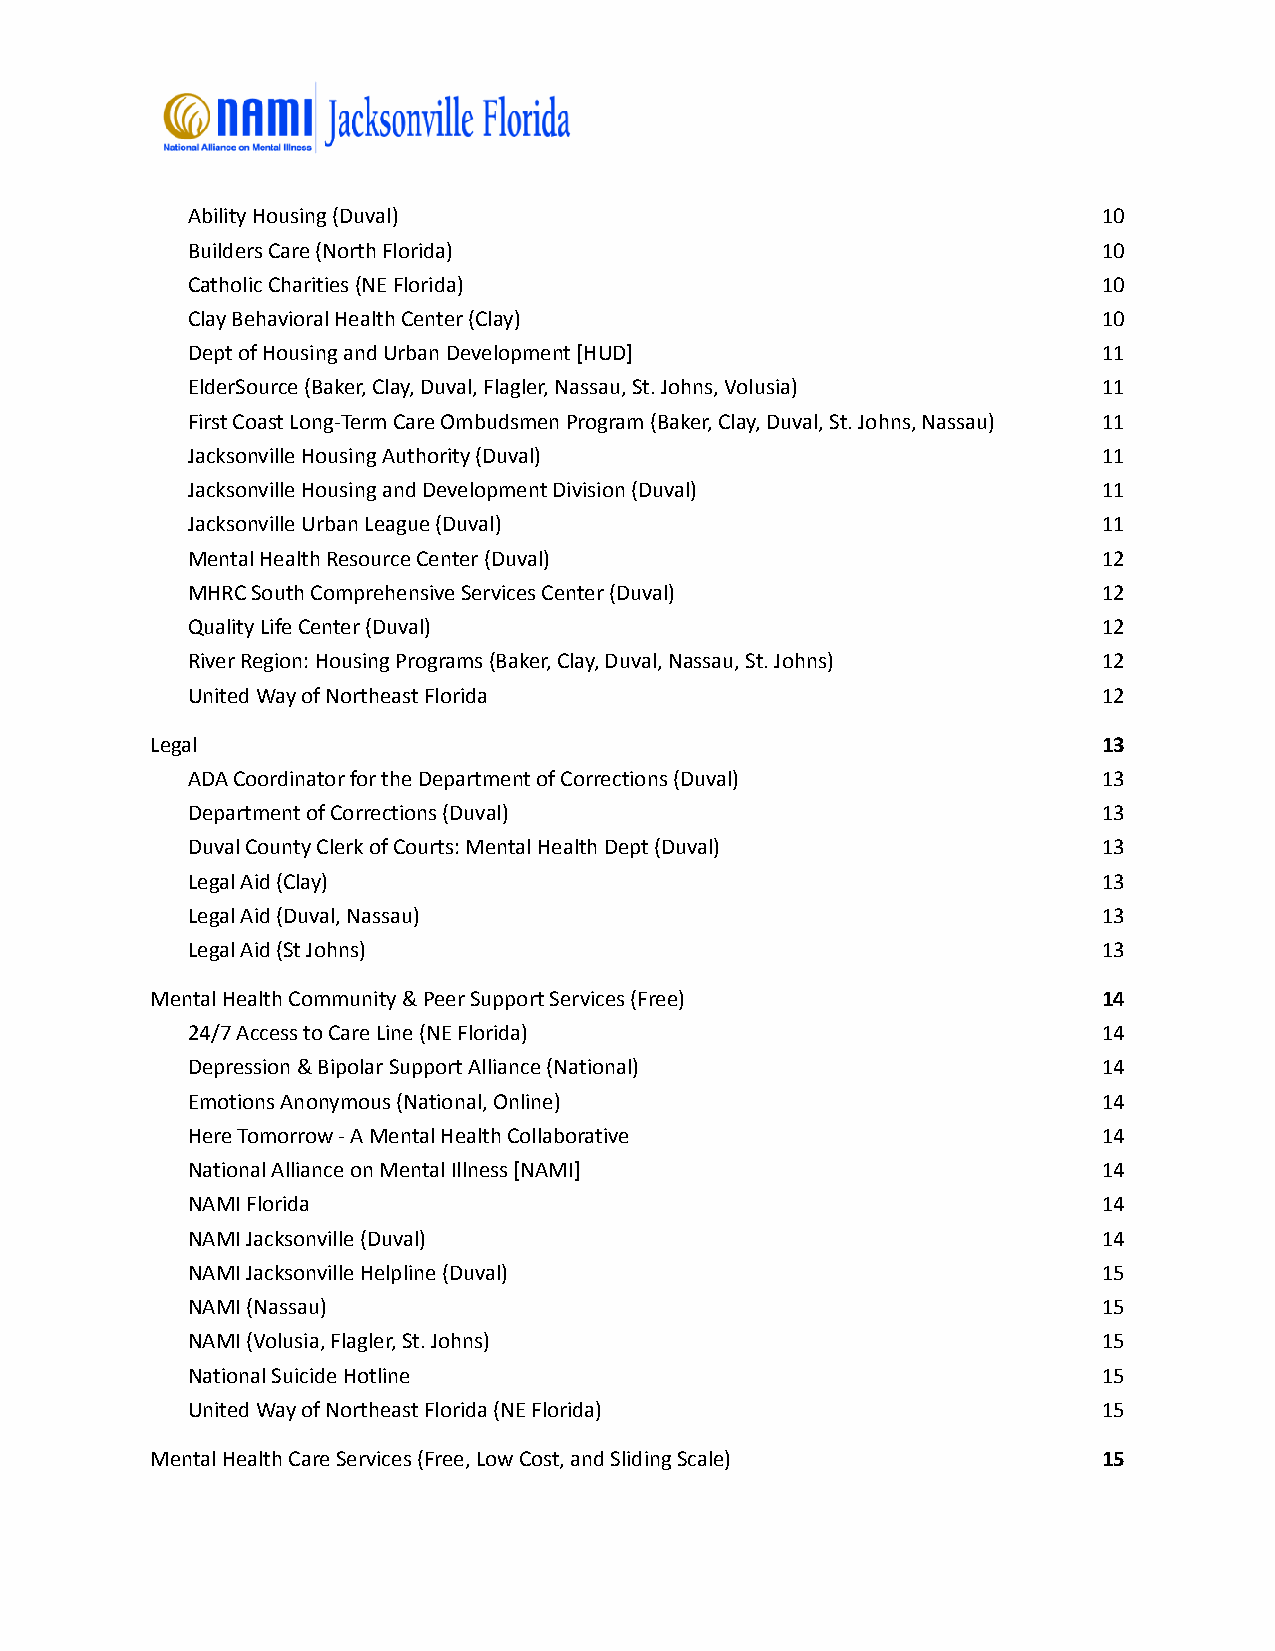
Ability Housing (Duval)                                      10
 Builders Care (North Florida)                                10
 Catholic Charities (NE Florida)                              10
 Clay Behavioral Health Center (Clay)                         10
 Dept of Housing and Urban Development [HUD]                  11
 ElderSource (Baker, Clay, Duval, Flagler, Nassau, St. Johns, Volusia) 11
 First Coast Long-Term Care Ombudsmen Program (Baker, Clay, Duval, St. Johns, Nassau) 11
 Jacksonville Housing Authority (Duval)                       11
 Jacksonville Housing and Development Division (Duval)        11
 Jacksonville Urban League (Duval)                            11
 Mental Health Resource Center (Duval)                        12
 MHRC South Comprehensive Services Center (Duval)             12
 Quality Life Center (Duval)                                  12
 River Region: Housing Programs (Baker, Clay, Duval, Nassau, St. Johns) 12
 United Way of Northeast Florida                              12
 Legal                                                          13
 ADA Coordinator for the Department of Corrections (Duval)    13
 Department of Corrections (Duval)                            13
 Duval County Clerk of Courts: Mental Health Dept (Duval)     13
 Legal Aid (Clay)                                             13
 Legal Aid (Duval, Nassau)                                    13
 Legal Aid (St Johns)                                         13
 Mental Health Community & Peer Support Services (Free)         14
 24/7 Access to Care Line (NE Florida)                        14
 Depression & Bipolar Support Alliance (National)             14
 Emotions Anonymous (National, Online)                        14
 Here Tomorrow - A Mental Health Collaborative                14
 National Alliance on Mental Illness [NAMI]                   14
 NAMI Florida                                                 14
 NAMI Jacksonville (Duval)                                    14
 NAMI Jacksonville Helpline (Duval)                           15
 NAMI (Nassau)                                                15
 NAMI (Volusia, Flagler, St. Johns)                           15
 National Suicide Hotline                                     15
 United Way of Northeast Florida (NE Florida)                 15
 Mental Health Care Services (Free, Low Cost, and Sliding Scale) 15